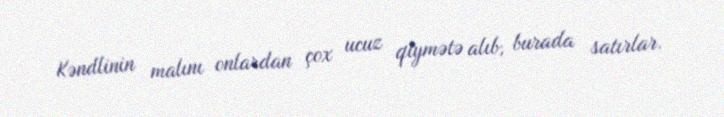
Kəndlinin malını onlardan çox ucuz qiymətə alıb, burada satırlar.